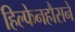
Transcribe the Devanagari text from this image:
हिल्फेनहौसने